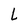
Character: L